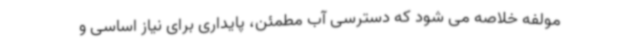
مولفه خلاصه می شود که دسترسی آب مطمئن، پایداری برای نیاز اساسی و